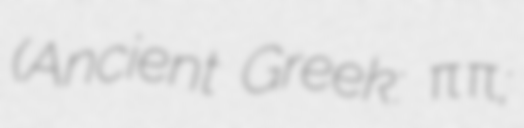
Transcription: (Ancient Greek: Ἱππῶναξ;